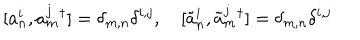
[ a _ { n } ^ { i } , a _ { m } ^ { j } { } ^ { \dagger } ] = \delta _ { m , n } \delta ^ { i , j } , ~ [ \tilde { a } _ { n } ^ { i } , \tilde { a } _ { m } ^ { j } { } ^ { \dagger } ] = \delta _ { m , n } \delta ^ { i , j }